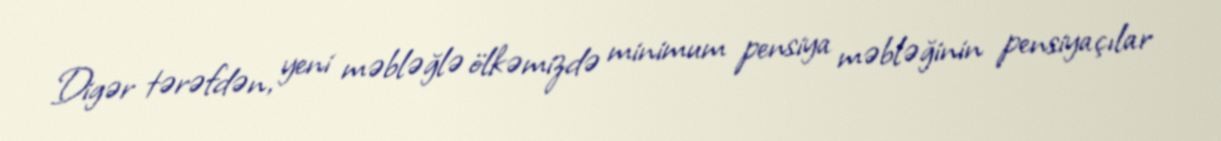
Digər tərəfdən, yeni məbləğlə ölkəmizdə minimum pensiya məbləğinin pensiyaçılar